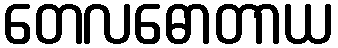
တေလဓောတာယ